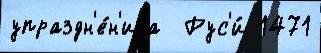
упраздн'е́н'иjа  Рус'и́ 1471